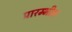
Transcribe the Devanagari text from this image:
प्रारम्भीक